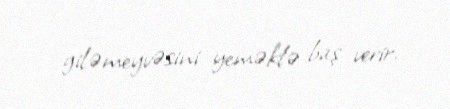
giləmeyvəsini yeməklə baş verir.